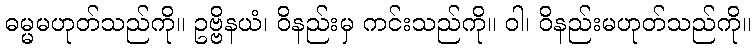
ဓမ္မမဟုတ်သည်ကို။ ဥဗ္ဗိနယံ၊ ဝိနည်းမှ ကင်းသည်ကို။ ဝါ၊ ဝိနည်းမဟုတ်သည်ကို။